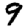
Digit: 9